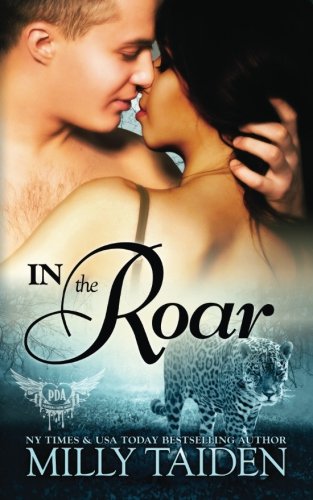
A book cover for In The Roar (Paranormal Dating Agency) (Volume 9); Milly Taiden; Romance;